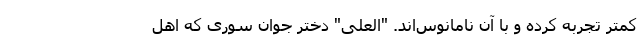
کمتر تجربه کرده و با آن نامانوس‌اند. "العلی" دختر جوان سوری که اهل